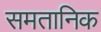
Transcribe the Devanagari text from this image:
समतानिक